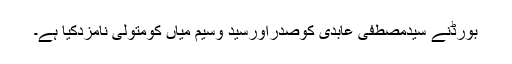
بورڈنے سیدمصطفی عابدی کوصدراورسید وسیم میاں کومتولی نامزدکیا ہے۔